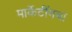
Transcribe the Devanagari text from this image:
मार्केटींगचा